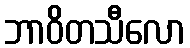
ဘာဝိတသီလော